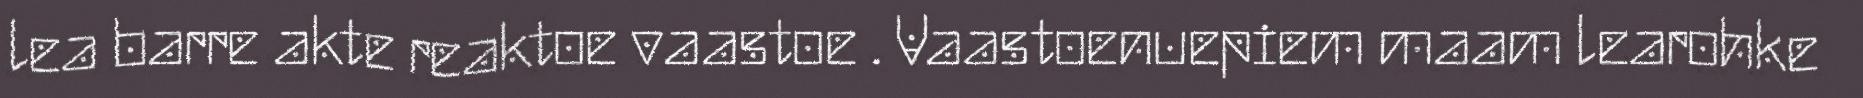
lea barre akte reaktoe vaastoe . Vaastoenuepiem maam learohke